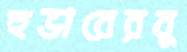
হুভারেরবু